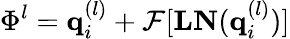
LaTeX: \Phi^{l}=\mathbf{q}_{i}^{(l)}+\mathcal{F}[\mathbf{LN}(\mathbf{q}_{i}^{(l)})]